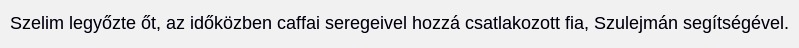
Szelim legyőzte őt, az időközben caffai seregeivel hozzá csatlakozott fia, Szulejmán segítségével.